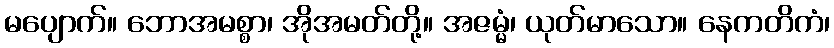
မပျောက်။ ဘောအမစ္စာ၊ အိုအမတ်တို့။ အဇမ္မံ၊ ယုတ်မာသော။ နေကတိကံ၊